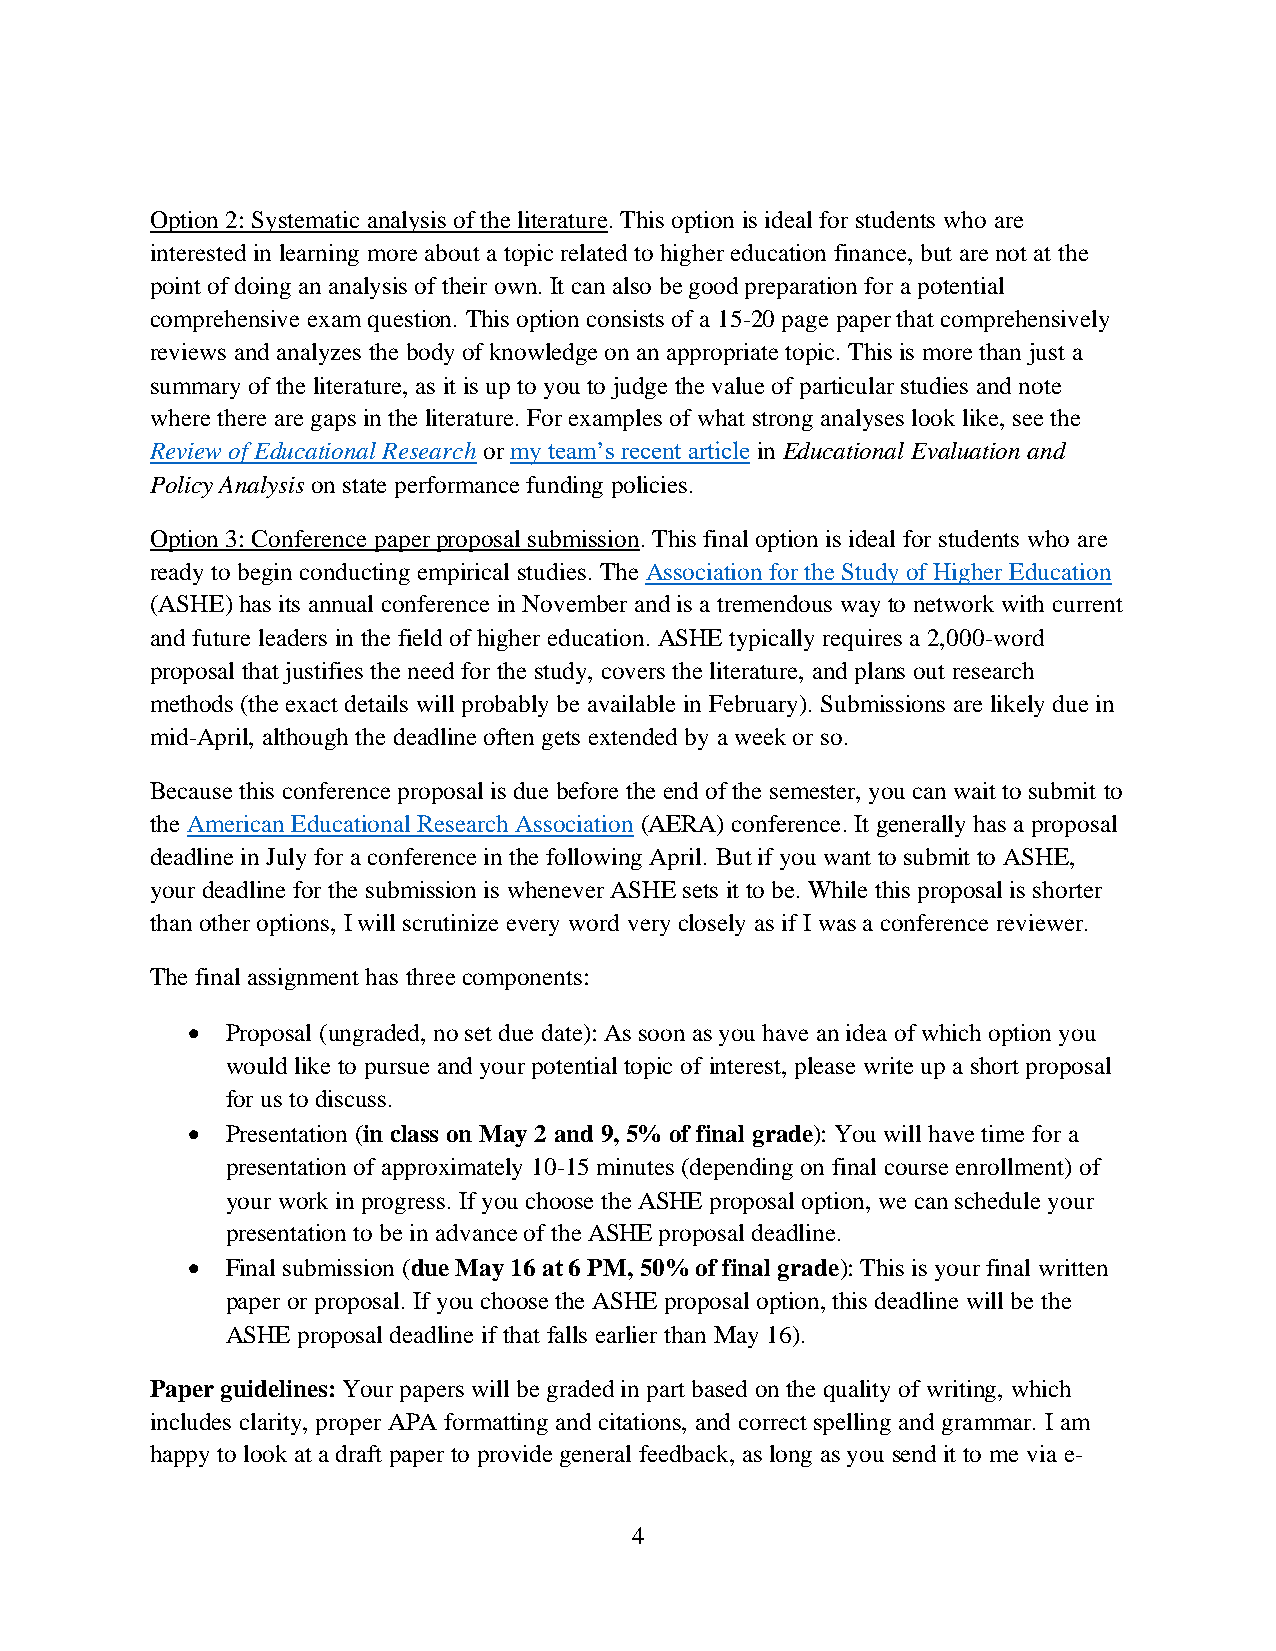
Option 2: Systematic analysis of the literature. This option is ideal for students who are
 interested in learning more about a topic related to higher education finance, but are not at the
 point of doing an analysis of their own. It can also be good preparation for a potential
 comprehensive exam question. This option consists of a 15-20 page paper that comprehensively
 reviews and analyzes the body of knowledge on an appropriate topic. This is more than just a
 summary of the literature, as it is up to you to judge the value of particular studies and note
 where there are gaps in the literature. For examples of what strong analyses look like, see the
 Review of Educational Research or my team’s recent article in Educational Evaluation and
 Policy Analysis on state performance funding policies.
 Option 3: Conference paper proposal submission. This final option is ideal for students who are
 ready to begin conducting empirical studies. The Association for the Study of Higher Education
 (ASHE) has its annual conference in November and is a tremendous way to network with current
 and future leaders in the field of higher education. ASHE typically requires a 2,000-word
 proposal that justifies the need for the study, covers the literature, and plans out research
 methods (the exact details will probably be available in February). Submissions are likely due in
 mid-April, although the deadline often gets extended by a week or so.
 Because this conference proposal is due before the end of the semester, you can wait to submit to
 the American Educational Research Association (AERA) conference. It generally has a proposal
 deadline in July for a conference in the following April. But if you want to submit to ASHE,
 your deadline for the submission is whenever ASHE sets it to be. While this proposal is shorter
 than other options, I will scrutinize every word very closely as if I was a conference reviewer.
 The final assignment has three components:
 •  Proposal (ungraded, no set due date): As soon as you have an idea of which option you
 would like to pursue and your potential topic of interest, please write up a short proposal
 for us to discuss.
 •  Presentation (in class on May 2 and 9, 5% of final grade): You will have time for a
 presentation of approximately 10-15 minutes (depending on final course enrollment) of
 your work in progress. If you choose the ASHE proposal option, we can schedule your
 presentation to be in advance of the ASHE proposal deadline.
 •  Final submission (due May 16 at 6 PM, 50% of final grade): This is your final written
 paper or proposal. If you choose the ASHE proposal option, this deadline will be the
 ASHE proposal deadline if that falls earlier than May 16).
 Paper guidelines: Your papers will be graded in part based on the quality of writing, which
 includes clarity, proper APA formatting and citations, and correct spelling and grammar. I am
 happy to look at a draft paper to provide general feedback, as long as you send it to me via e-
 4